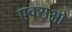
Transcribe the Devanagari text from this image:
एक्सओ